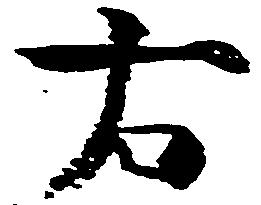
右